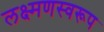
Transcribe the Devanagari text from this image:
लक्ष्मणस्वरूप